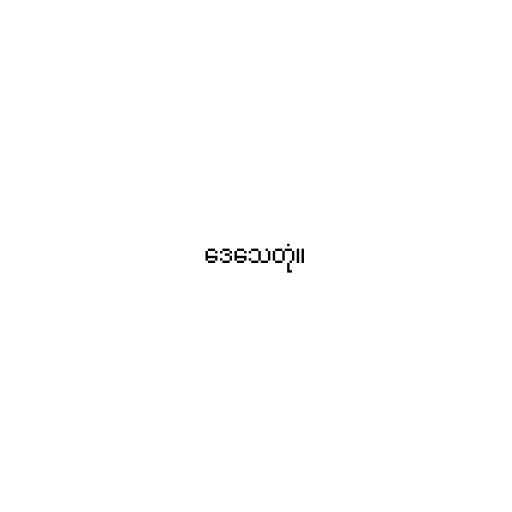
ဒေသေတုံ။